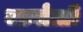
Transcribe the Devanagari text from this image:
जानोत्ती